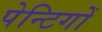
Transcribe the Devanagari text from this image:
पेन्टिगों